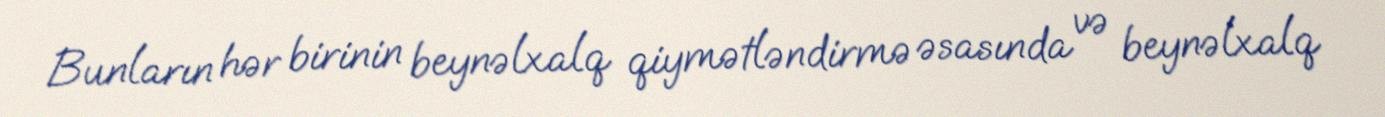
Bunların hər birinin beynəlxalq qiymətləndirmə əsasında və beynəlxalq